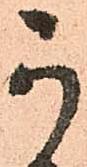
可